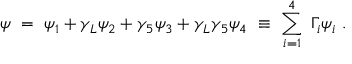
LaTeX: \psi \ = \ \psi _ { 1 } + \gamma _ { L } \psi _ { 2 } + \gamma _ { 5 } \psi _ { 3 } + \gamma _ { L } \gamma _ { 5 } \psi _ { 4 } \ \equiv \ \sum _ { i = 1 } ^ { 4 } \ \Gamma _ { i } \psi _ { i } \ .